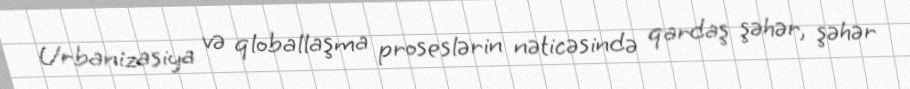
Urbanizasiya və qloballaşma proseslərin nəticəsində qardaş şəhər, şəhər